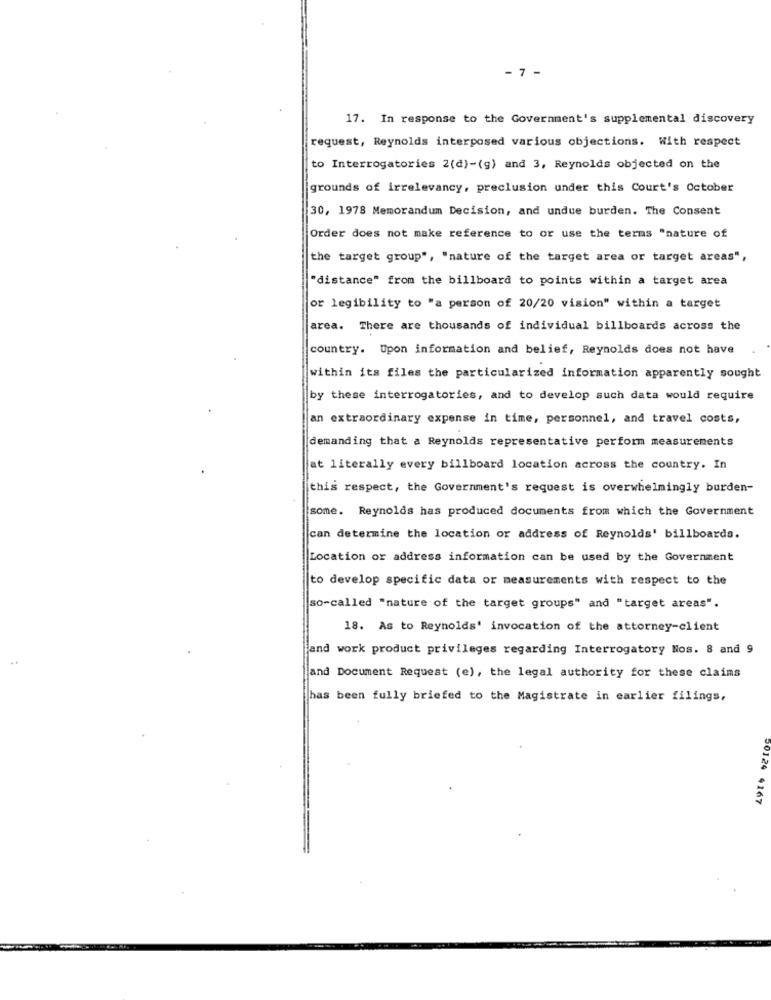
- 7 -
17. In response to the Government's supplemental discovery
request, Reynolds interposed various objections. With respect
to Interrogatories 2(d)-(g) and 3, Reynolds objected on the
grounds of irrelevancy, preclusion under this Court's October
30, 1978 Memorandum Decision, and undue burden. The Consent
Order does not make reference to or use the terms "nature of
the target group", "nature of the target area or target areas",
"distance" from the billboard to points within a target area
or legibility to "a person of 20/20 vision" within a target
area. There are thousands of individual billboards across the
country. Upon information and belief, Reynolds does not have
within its files the particularized information apparently sought
by these interrogatories, and to develop such data would require
an extraordinary expense in time, personnel, and travel costs,
demanding that a Reynolds representative perform measurements
at literally every billboard location across the country. In
this respect, the Government's request is overwhelmingly burden-
some. Reynolds has produced documents from which the Government
can determine the location or address of Reynolds' billboards.
Location or address information can be used by the Government
to develop specific data or measurements with respect to the
so-called "nature of the target groups" and "target areas".
18. As to Reynolds' invocation of the attorney-client
and work product privileges regarding Interrogatory Nos. 8 and 9
and Document Request (e), the legal authority for these claims
has been fully briefed to the Magistrate in earlier filings,
50124 4167